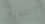
خطوتين